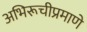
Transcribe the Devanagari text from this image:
अभिरूचीप्रमाणे